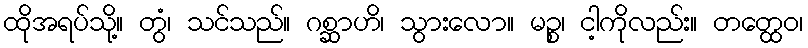
ထိုအရပ်သို့။ တွံ၊ သင်သည်။ ဂစ္ဆာဟိ၊ သွားလော။ မဉ္စ၊ ငါ့ကိုလည်း။ တတ္ထေဝ၊